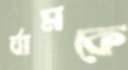
র‍্যামকে